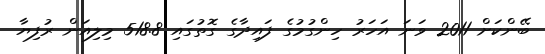
ބޭންކަށް 2011 ވަނަ އަހަރު ހިންގުމުގެ ފައިދާގެ ގޮތުގައި 518.8 މިލިއަން ރުފިޔާ